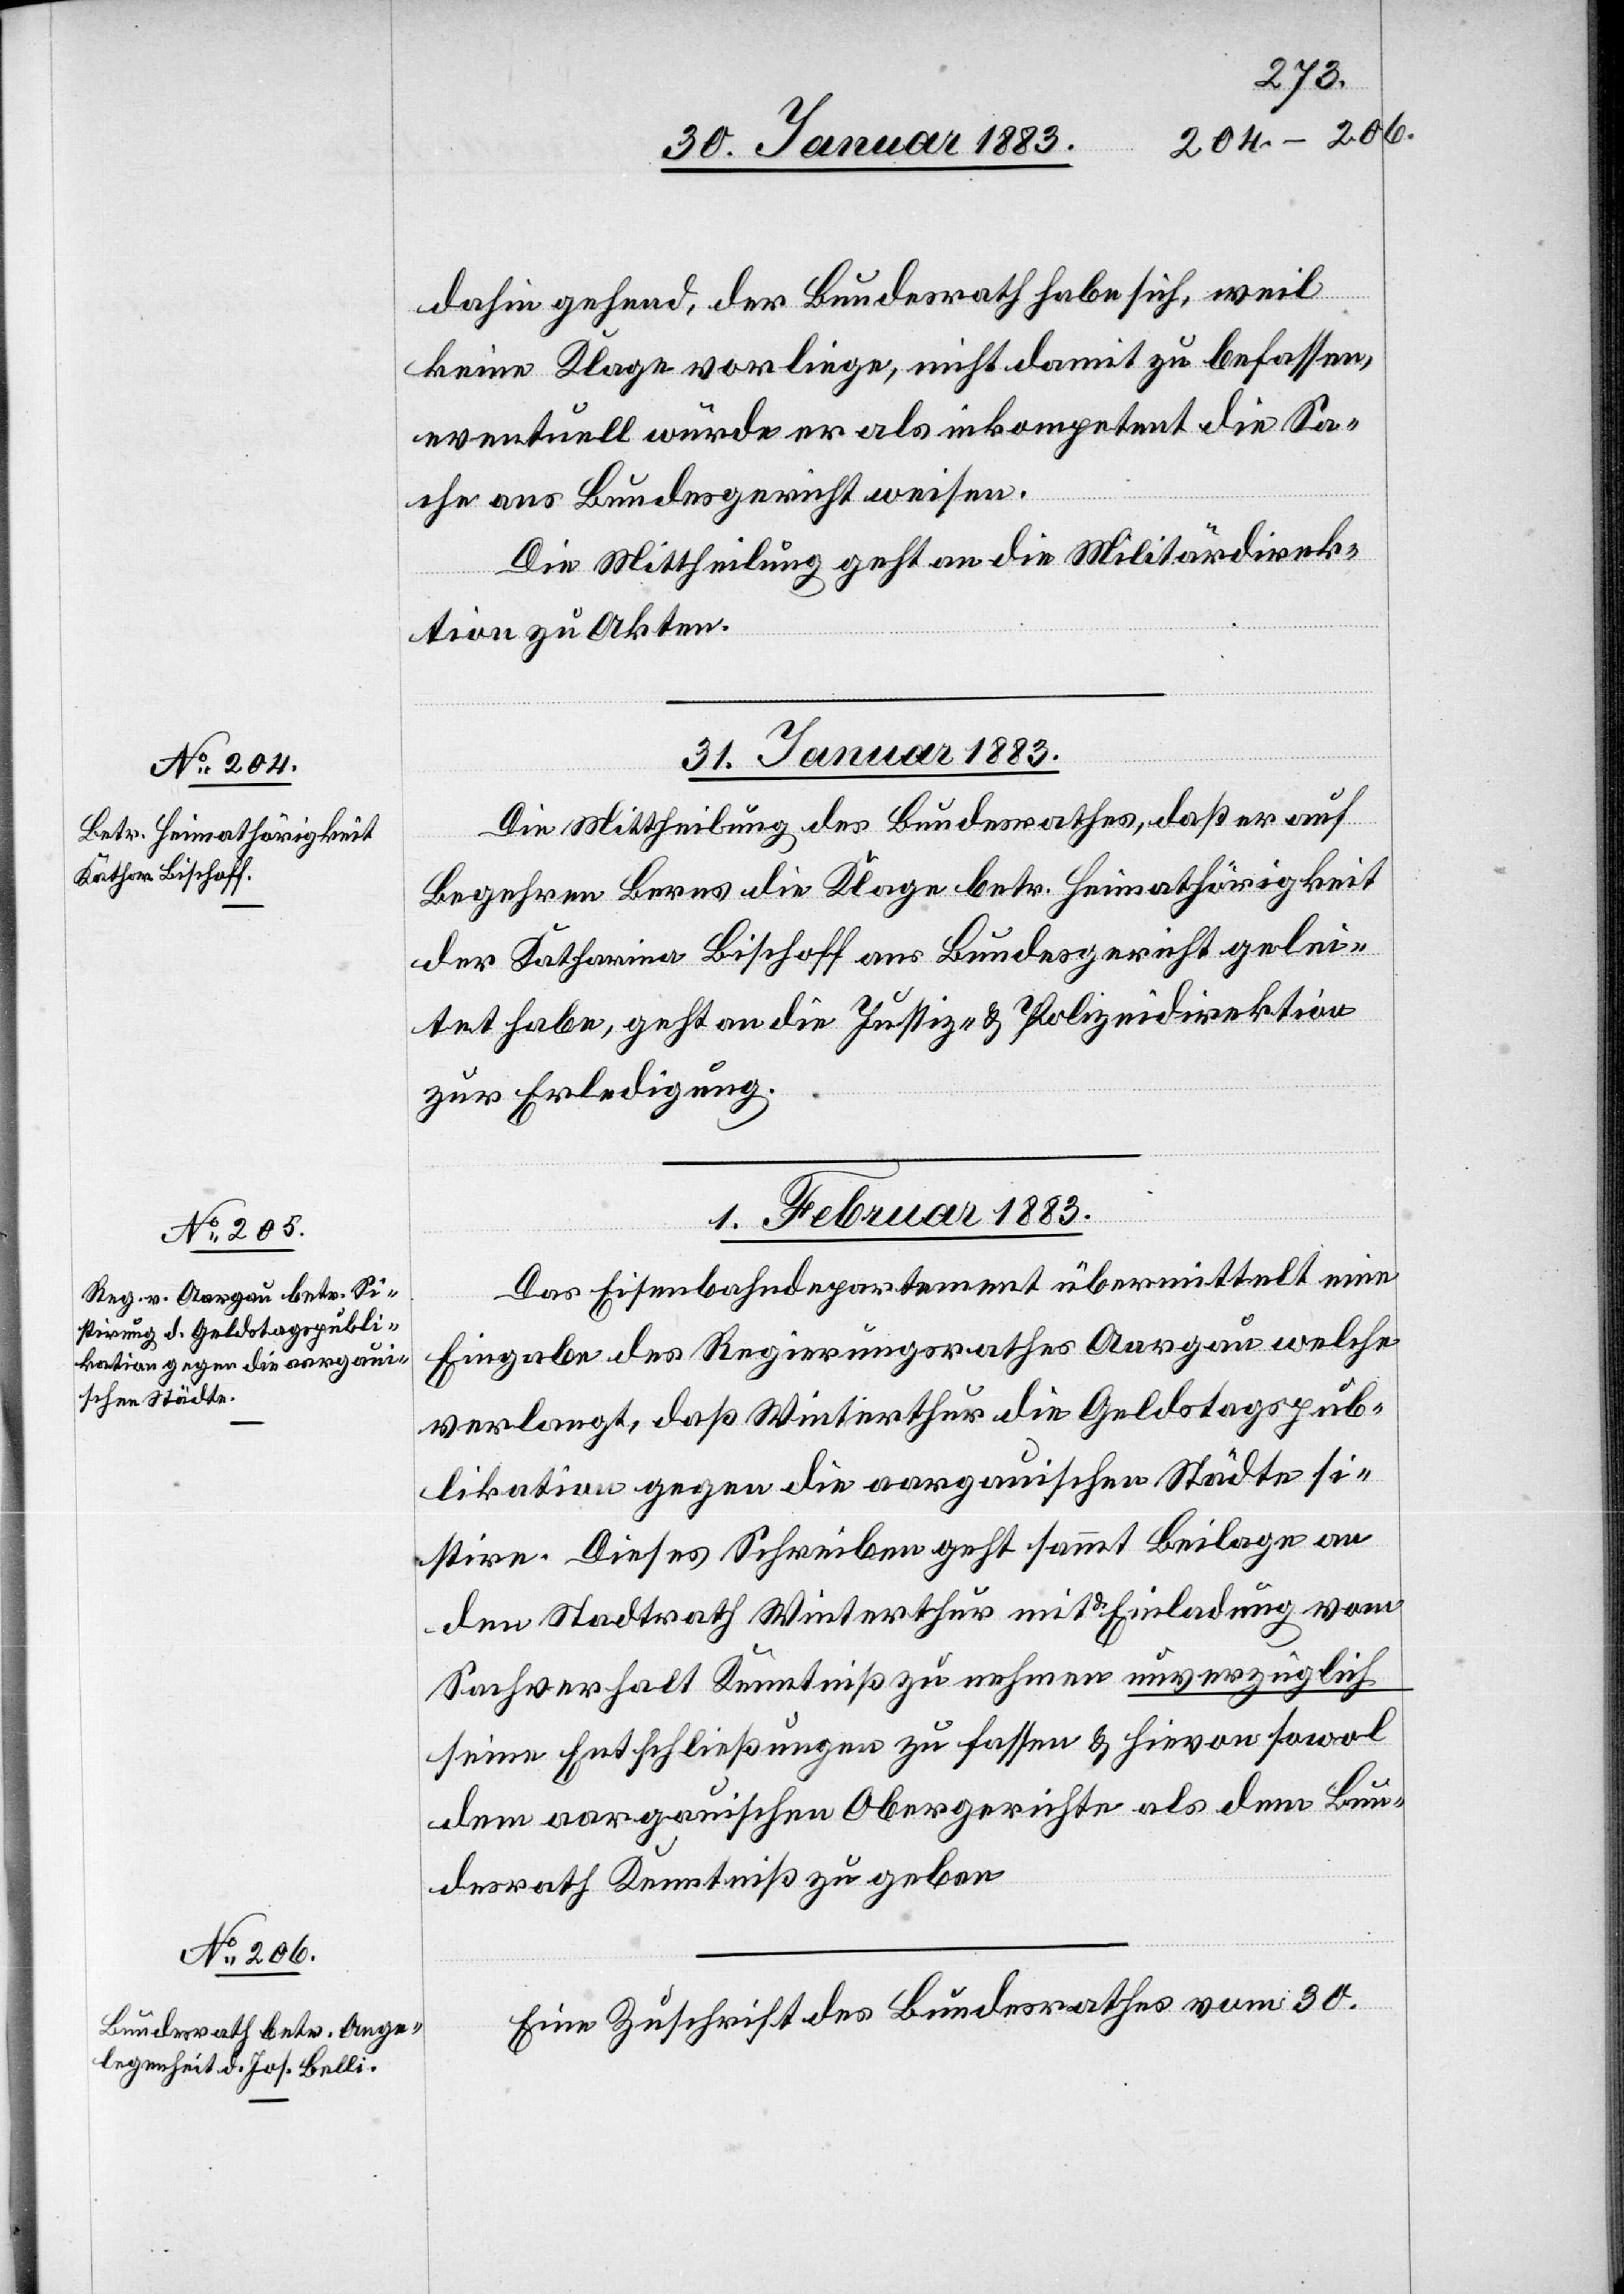
31. Januar 1883.
Die Mittheilung des Bundesrathes, daß er auf
Begehren Berns die Klage betr. Heimathörigkeit
der Katharina Bischoff ans Bundesgericht gelei¬
tet habe, geht an die Justiz- & Polizeidirektion
zur Erledigung.
1. Februar 1883.]
Das Eisenbahndepartement übermittelt eine
Eingabe des Regierungsrathes Aargau welche
verlangt, daß Winterthur die Geldstagspub¬
likation gegen die aargauischen Städte si¬
stire. Dieses Schreiben geht sammt Beilage an
den Stadtrath Winterthur mit d. Einladung vom
Sachverhalt Kenntniß zu nehmen unverzüglich
seine Entschließungen zu fassen & hievon sowol
dem aargauischen Obergerichte als dem Bun¬
desrath Kenntniß zu geben.
Eine Zuschrift des Bundesrathes vom 30.